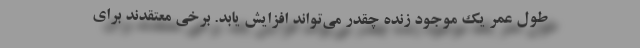
طول عمر یک موجود زنده چقدر می‌تواند افزایش یابد. برخی معتقدند برای